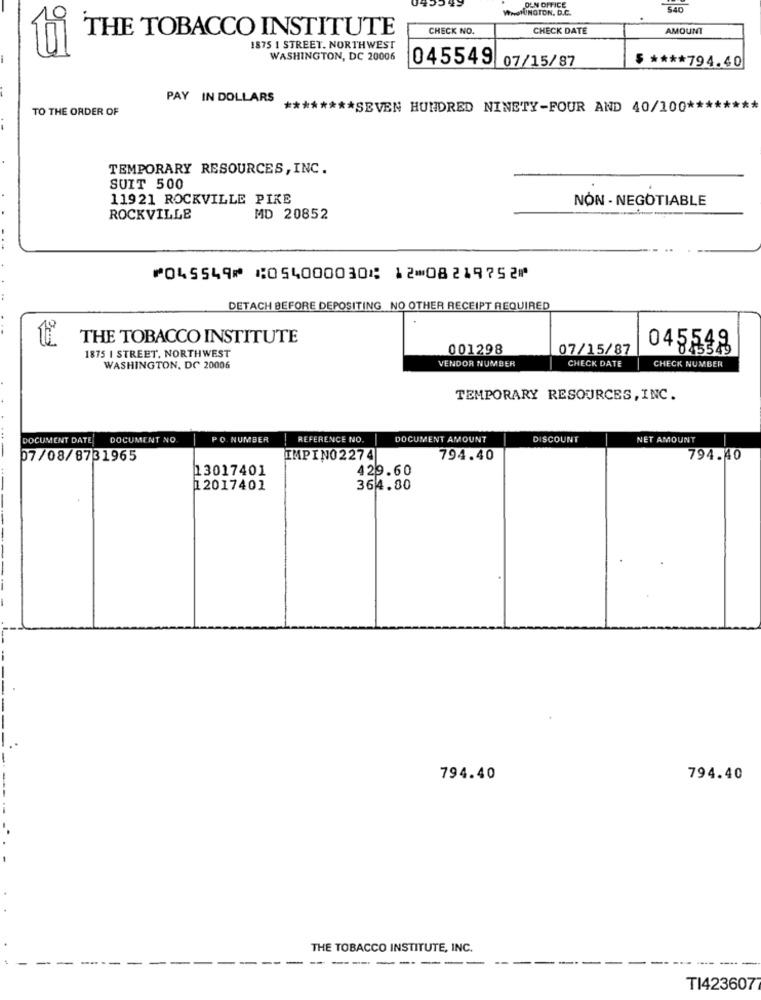
WASHINGTON, D.C.
OLN OFFICE
92
THE TOBACCO INSTITUTE
CHECK NO.
CHECK DATE
AMOUNT
1875 1 STREET. NORTHWEST
WASHINGTON, DC 20006
045549 07/15/87
$ **** 794.40
PAY IN DOLLARS
TO THE ORDER OF
******** SEVEN HUNDRED NINETY-FOUR AND 40/100 **
TEMPORARY RESOURCES, INC.
SUIT 500
11921 ROCKVILLE PIKE
NON - NEGOTIABLE
ROCKVILLE
MD 20852
⑈045549⑈ ⑆054000030⑆ 12⑉08219752⑈
DETACH BEFORE DEPOSITING NO OTHER RECEIPT REQUIRED
THE TOBACCO INSTITUTE
1875 I STREET, NORTHWEST
001298
07/15/87
045548
VENDOR NUMBER
CHECK DATE
CHECK NUMBER
WASHINGTON, DC 20006
TEMPORARY RESOURCES, INC.
DOCUMENT DATE
DOCUMENT NO.
PO. NUMBER
REFERENCE NO.
DOCUMENT AMOUNT
DISCOUNT
NET AMOUNT
07/08/8731965
IMPIN02274
794.40
794.40
13017401
429.60
12017401
364.80
794.40
794.40
THE TOBACCO INSTITUTE, INC.
--------
TI423607